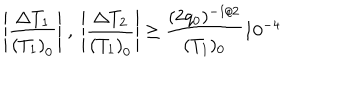
\Biggl | \frac { \Delta T _ { 1 } } { { ( T _ { 1 } ) } _ { 0 } } \Biggr | \; , \; \Biggl | \frac { \Delta T _ { 2 } } { { ( T _ { 1 } ) } _ { 0 } } \Biggr | \geq \frac { ( 2 q _ { 0 } ) ^ { - 1 / 2 } } { ( T _ { 1 } ) _ { 0 } } 1 0 ^ { - 4 }